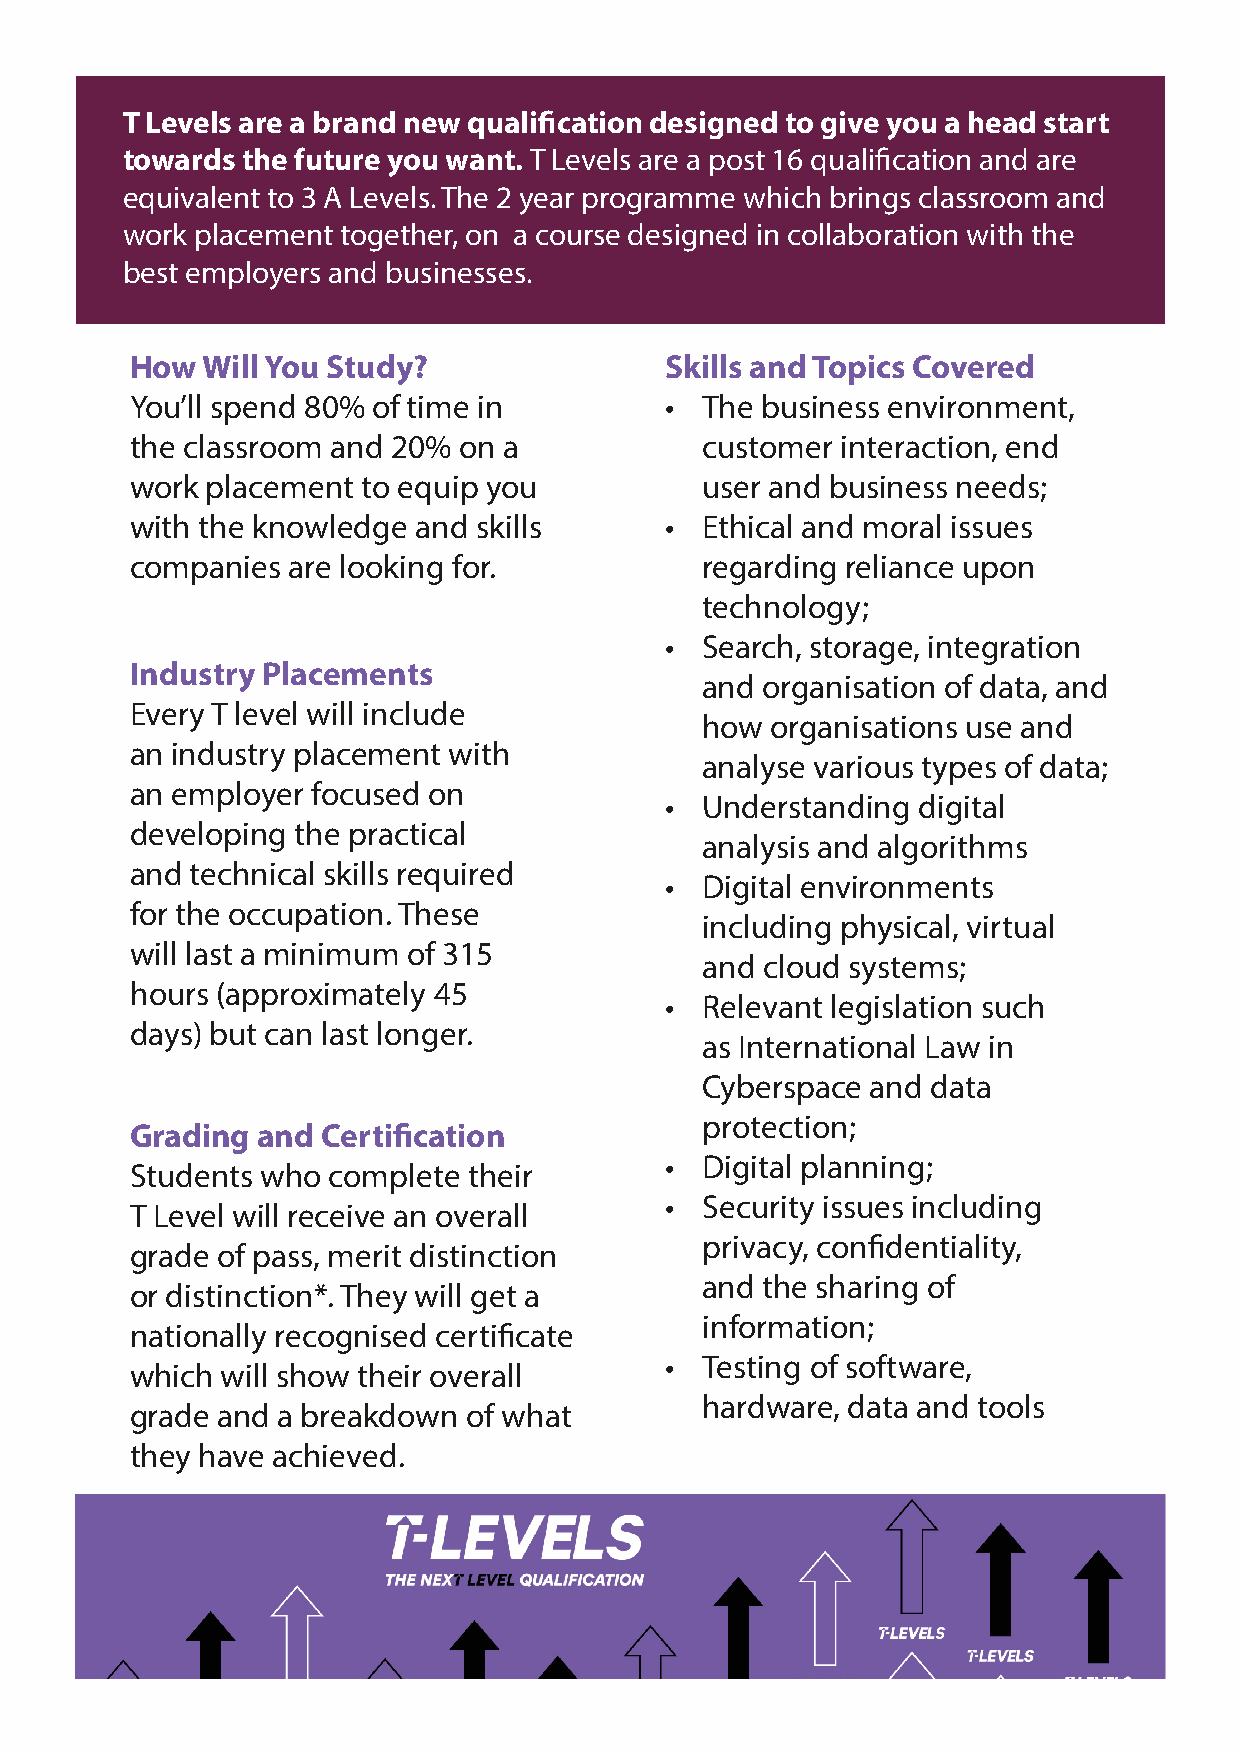
T Levels are a brand new qualification designed to give you a head start
 towards the future you want. T Levels are a post 16 qualification and are
 equivalent to 3 A Levels. The 2 year programme which brings classroom and
 work placement together, on a course designed in collaboration with the
 best employers and businesses.
 How Will You Study?                Skills and Topics Covered
 You’ll spend 80% of time in        • The business environment,
 the classroom and 20% on a           customer  interaction, end
 work placement to equip you          user and business needs;
 with the knowledge and skills      • Ethical and moral issues
 companies are looking for.           regarding reliance upon
 technology;
 • Search, storage, integration
 Industry Placements
 and organisation of data, and
 Every T level will include
 how  organisations use and
 an industry placement with
 analyse various types of data;
 an employer focused on
 • Understanding  digital
 developing the practical
 analysis and algorithms
 and technical skills required
 • Digital environments
 for the occupation. These
 including physical, virtual
 will last a minimum of 315
 and cloud systems;
 hours (approximately 45
 • Relevant legislation such
 days) but can last longer.
 as International Law in
 Cyberspace  and data
 protection;
 Grading and Certification
 • Digital planning;
 Students who complete their
 • Security issues including
 T Level will receive an overall
 privacy, confidentiality,
 grade of pass, merit distinction
 and the sharing of
 or distinction*. They will get a
 information;
 nationally recognised certificate
 • Testing of software,
 which will show their overall
 hardware, data and tools
 grade and a breakdown of what
 they have achieved.